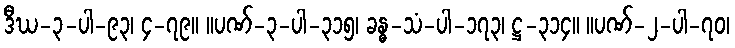
ဒီဃ-၃-ပါ-၉၃၊ ၄-၇၉။ ။ပဏ်-၃-ပါ-၃၁၅၊ ခန္ဓ-သံ-ပါ-၁၇၃၊ ဋ္ဌ-၃၁၄။ ။ပဏ်-၂-ပါ-၇၀၊